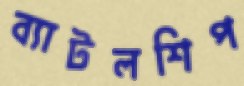
ব্যাটলশিপ